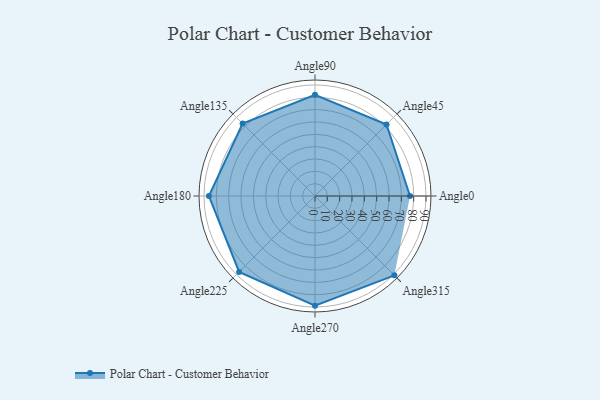
{"axis": {"x": "Angle", "y": "Radius"}, "legend": [""], "data": [{"x": "Angle0", "y": 77.0, "type": ""}, {"x": "Angle45", "y": 82.0, "type": ""}, {"x": "Angle90", "y": 82.0, "type": ""}, {"x": "Angle135", "y": 83.0, "type": ""}, {"x": "Angle180", "y": 86.0, "type": ""}, {"x": "Angle225", "y": 87.0, "type": ""}, {"x": "Angle270", "y": 89.0, "type": ""}, {"x": "Angle315", "y": 91.0, "type": ""}]}